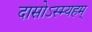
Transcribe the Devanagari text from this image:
दासोऽस्म्यहम्